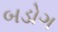
બડોગ